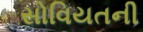
સોવિયતની